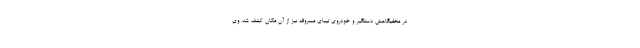
در مخفیگاهش دستگیر و خودروی تیبای مسروقه نیز از آن مکان کشف شد. وی